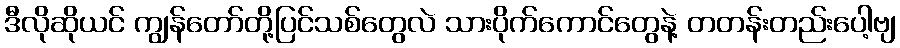
ဒီလိုဆိုယင် ကျွန်တော်တို့ပြင်သစ်တွေလဲ သားပိုက်ကောင်တွေနဲ့ တတန်းတည်းပေါ့ဗျ